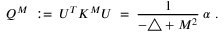
Q ^ { M } \; : = \; U ^ { T } K ^ { M } U \; = \; \frac { 1 } { - \triangle + M ^ { 2 } } \; \alpha \; .